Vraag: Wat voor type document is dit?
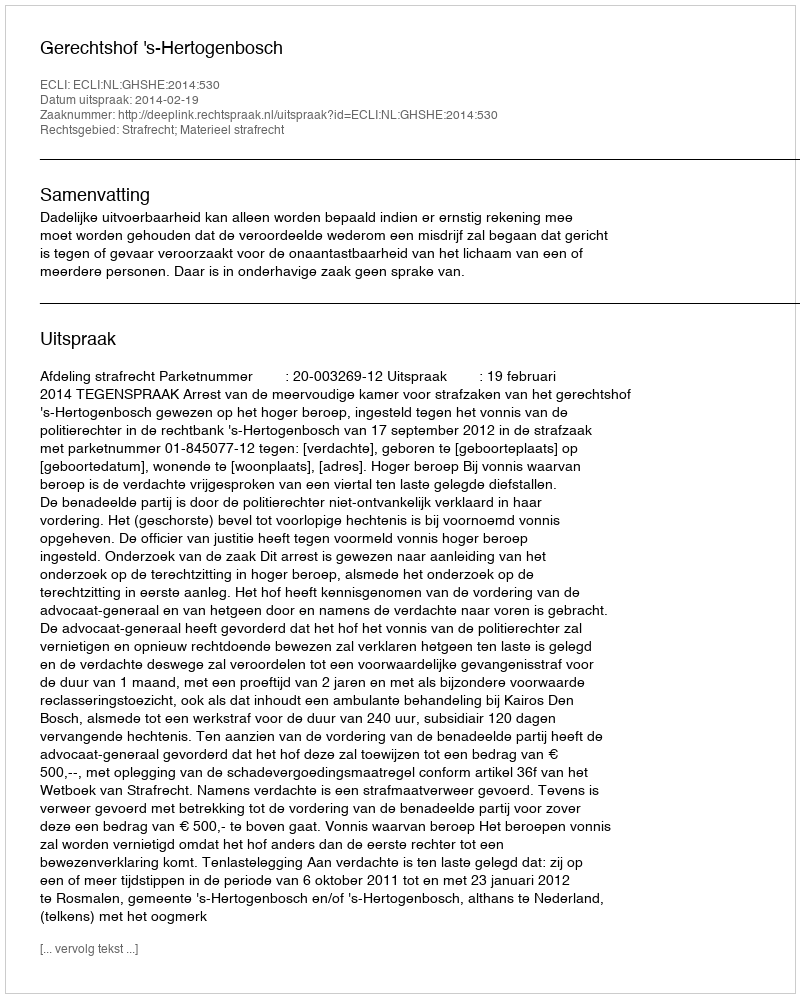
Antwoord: Uitspraak